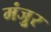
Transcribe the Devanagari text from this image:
मंजूुर